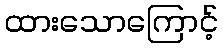
ထားသောကြောင့်